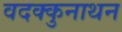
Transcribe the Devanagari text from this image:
वदक्कुनाथन